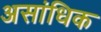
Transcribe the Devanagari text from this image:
असांधिक